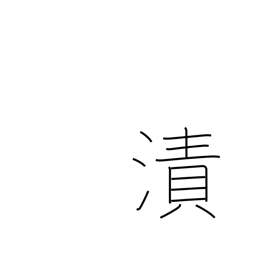
Meaning: moisten